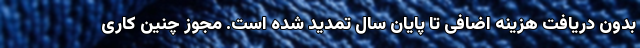
بدون دریافت هزینه اضافی تا پایان سال تمدید شده است. مجوز چنین کاری